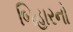
બિહારનો